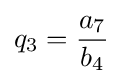
q_{3}={\dfrac {a_{7}}{b_{4}}}